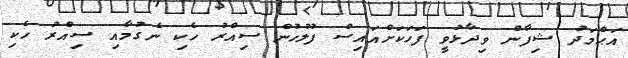
އަޙްމަދު ޝިފާން ވިދާޅުވީ ފަހަކަށްއައިސް ފުލުހުން ސިއްރު ހެކި ނެގުމާއި ސިއްރު ހެކި